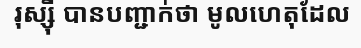
រុស្ស៊ី បានបញ្ជាក់ថា មូលហេតុដែល